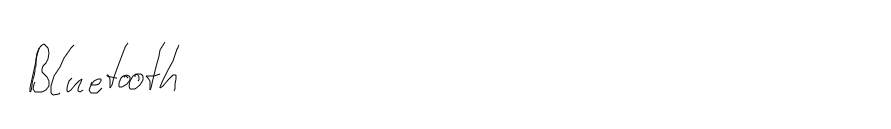
Bluetooth